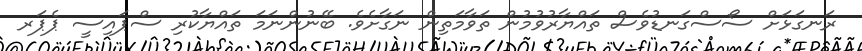
ރަނގަޅަށް ސޯސްގަނޑުވެސް ތައްޔާރުވުމުން ތަވާމަތިން ނަގާށެވެ. ބޭނުންނަމަ ތައްޔާކުރި ސްޕައިސީ ޕެޕަރ